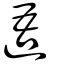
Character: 逜